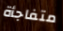
متفاجأة